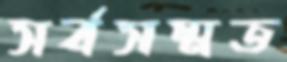
সর্বসম্মত